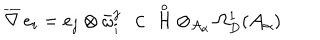
LaTeX: \overline { { { \nabla } } } \, e _ { i } = e _ { j } \otimes \bar { \omega } _ { i } ^ { j } \ \, \in \; \displaystyle \mathop { { \mathcal H } } ^ { \circ } \otimes _ { { \mathcal A } _ { \alpha } } \Omega _ { D } ^ { 1 } ( { \mathcal A } _ { \alpha } )